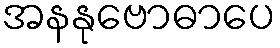
အနနုဗောဓာပေ